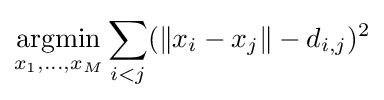
{\underset {x_{1},\ldots ,x_{M}}{\mathrm {argmin} }}\sum _{i<j}(\|x_{i}-x_{j}\|-d_{i,j})^{2}